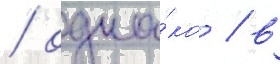
/ одна́ко / в